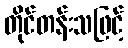
တိုင်တန်းသဖြင့်